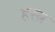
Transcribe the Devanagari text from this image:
हस्त्न